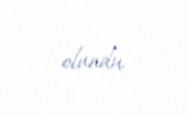
olundu.